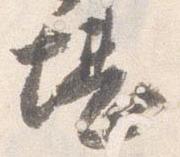
堪